Calcutta medical institutions reports 1892-1900
Year: 1892
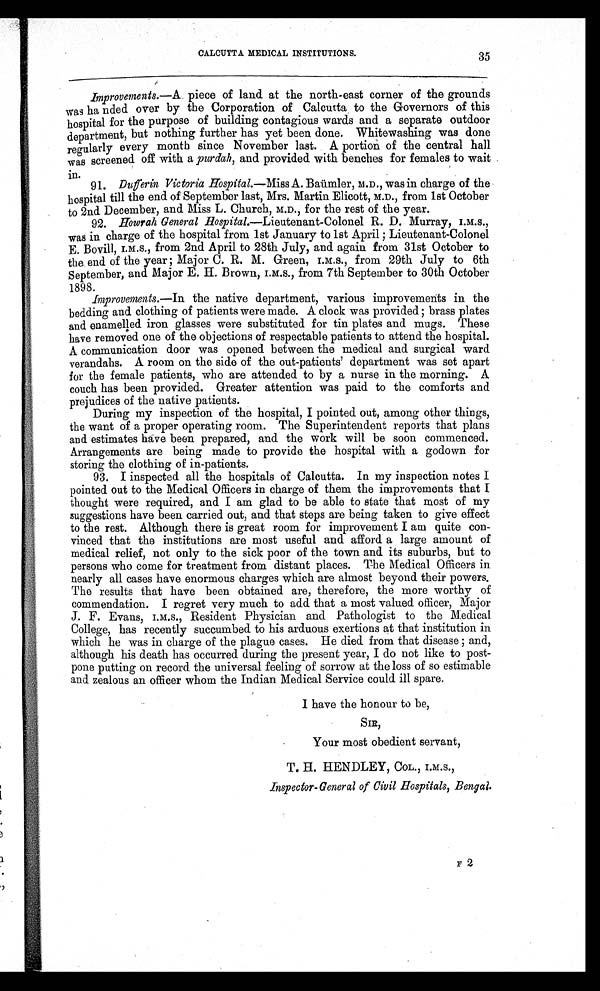
35
CALCUTTA MEDICAL INSTITUTIONS.
Improvements.— A piece of land at the north-east corner of the grounds
was handed over by the Corporation of Calcutta to the Governors of this
hospital for the purpose of building contagious wards and a separate outdoor
department, but nothing further has yet been done. Whitewashing was done
regularly every month since November last. A portion of the central hall
was screened off with a purdah, and provided with benches for females to wait
in.
91. D u f f e r i n V i c t o r i a H o s p i t a l . — M i s s
A . B a ü m l e r , M . D . , w a s i n c h a r g e o f t h e
hospital till the end of September last, Mrs. Martin Elicott, M.D., from 1st October
to 2nd December, and Miss L. Church, M.D., for the rest of the year.
92. Howrah General hospital.—Lieutenant-Colonel R. D. Murray, I.M.S.,
was in charge of the hospital from 1st January to 1st April ; Lieutenant-Colonel
E. Bovill, I.M.S., from 2nd April to 28th July, and again from 31st October to
the end of the year; Major C. R. M. Green, I.M.S., from 29th July to 6th
September, and Major E. H. Brown, I.M.S., from 7th September to 30th October
1898.
Improvements.— In the native department, various improvements in the
bedding and clothing of patients were made. A clock was provided ; brass plates
and enamelled iron glasses were substituted for tin plates and mugs. These
have removed one of the objections of respectable patients to attend the hospital.
A communication door was opened between the medical and surgical ward
verandahs. A room on the side of the out-patients’ department was set apart
for the female patients, who are attended to by a nurse in the morning. A
couch has been provided. Greater attention was paid to the comforts and
prejudices of the native patients.
During my inspection of the hospital, I pointed out, among other things,
the want of a proper operating room. The Superintendent reports that plans
and estimates have been prepared, and the work will be soon commenced.
Arrangements are being made to provide the hospital with a godown for
storing the clothing of in-patients.
93. I inspected all the hospitals of Calcutta. In my inspection notes I
pointed out to the Medical Officers in charge of them the improvements that I
thought were required, and I am glad to be able to state that most of my
suggestions have been carried out, and that steps are being taken to give effect
to the rest. Although there is great room for improvement I am quite con-
vinced that the institutions are most useful and afford a large amount of
medical relief, not only to the sick poor of the town and its suburbs, but to
persons who come for treatment from distant places. The Medical Officers in
nearly all cases have enormous charges which are almost beyond their powers.
The results that have been obtained are, therefore, the more worthy of
commendation. I regret very much to add that a most valued officer, Major
J . F. Eva ns , I . M. S. , Re s i de nt Phys i c i a n a nd Pa t hol ogi s t t o t he Me d i c a l
College, has recently succumbed to his arduous exertions at that institution in
which he was in charge of the plague cases. He died from that disease ; and,
although his death has occurred during the present year, I do not like to post-
-pone putting on record the universal feeling of sorrow at the loss of so estimable
and zealous an officer whom the Indian Medical Service could ill spare.
I have the honour to be,
SIR,
Your most obedient servant,
T. H. HENDLEY, CoL., I.M.S.,
Inspector- General of Civil Hospitals, Bengal.